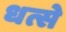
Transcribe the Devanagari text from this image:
धत्से